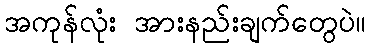
အကုန်လုံး အားနည်းချက်တွေပဲ။